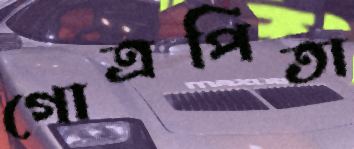
গোত্রপিতা